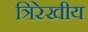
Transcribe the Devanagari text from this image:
त्रिरेखीय